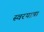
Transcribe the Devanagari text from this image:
स्वरयात्रा